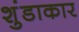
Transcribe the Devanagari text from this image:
शुंडाकार